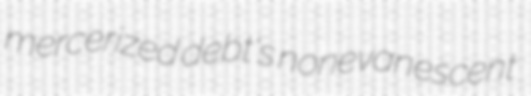
mercerized debt's nonevanescent